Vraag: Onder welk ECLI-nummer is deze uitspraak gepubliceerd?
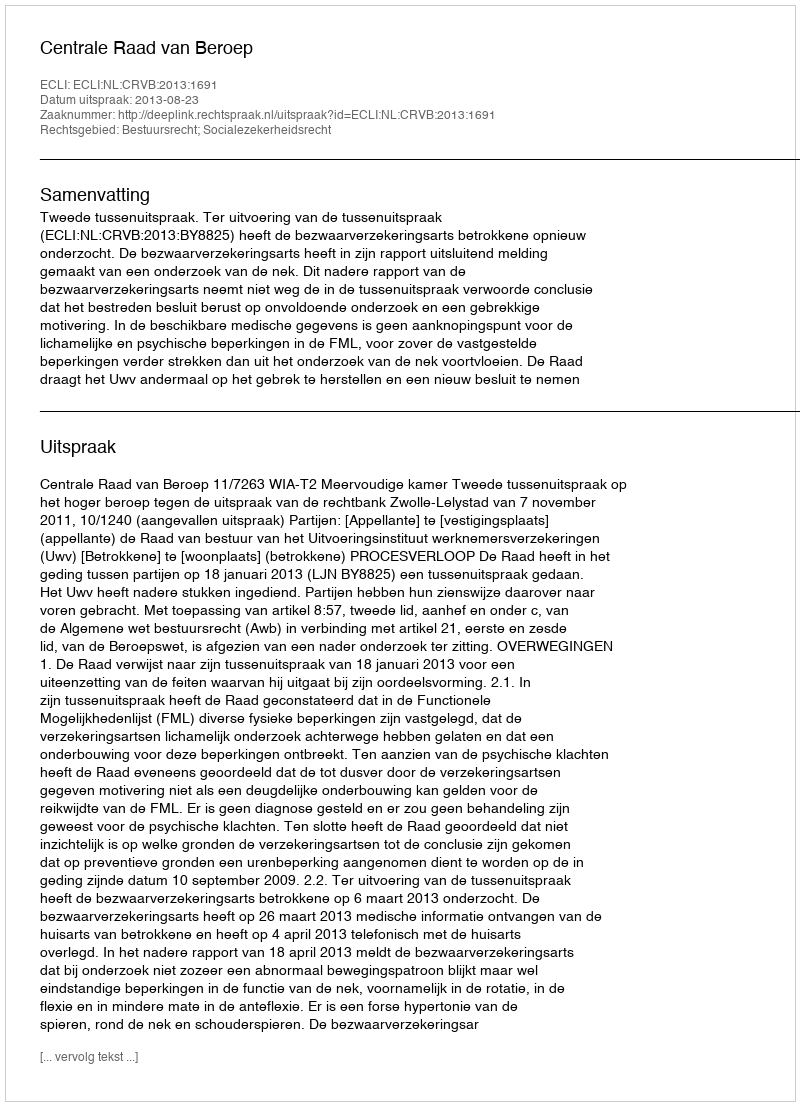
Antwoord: ECLI:NL:CRVB:2013:1691